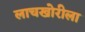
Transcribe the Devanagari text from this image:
लाचखोरीला